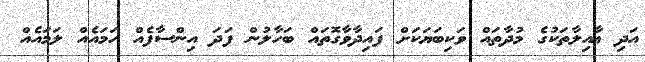
އަދި ޢާއިލާތަކުގެ މުދާތައް ވަކިބަޔަކަށް ފައިދާވާގޮތައް ބަހާލުން ފަދަ އިންސާފެއް ހަމައެއް ލަމައެއް